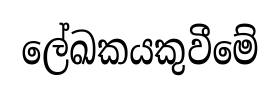
ලේඛකයකුවීමේ